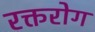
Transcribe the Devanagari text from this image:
रक्तरोग